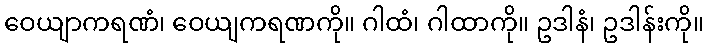
ဝေယျာကရဏံ၊ ဝေယျကရဏကို။ ဂါထံ၊ ဂါထာကို။ ဥဒါနံ၊ ဥဒါန်းကို။